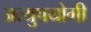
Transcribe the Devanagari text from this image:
अत्युपयोगी